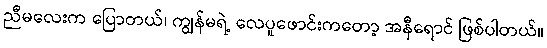
ညီမလေးက ပြောတယ်၊ ကျွန်မရဲ့ လေပူဖောင်းကတော့ အနီရောင် ဖြစ်ပါတယ်။